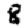
Digit: 8